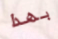
بهذا